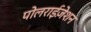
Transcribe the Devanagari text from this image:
पोलराईज़ेशन